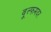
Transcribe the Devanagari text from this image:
वूल्‍फमदर